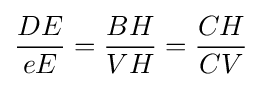
{\frac {DE}{eE}}={\frac {BH}{VH}}={\frac {CH}{CV}}